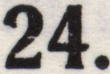
24.